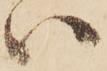
い